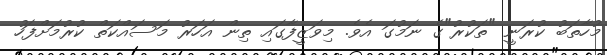
މުހާތަބު ކުރަނީ "ތަކުރު"ގެ ނަމުގަ އެވެ. މިވަޒީފާގައި ތިން އަހަރު މަސައްކަތް ކުރުމަށްފަހު